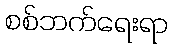
စစ်ဘက်ရေးရာ